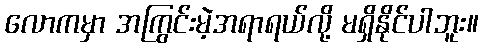
လောကမှာ အကြွင်းမဲ့အရာရယ်လို့ မရှိနိုင်ပါဘူး။